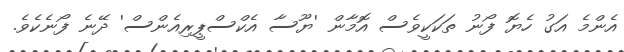
އެންމެ އަގު ހެޔޮ ފޯނު ތަކަކީވެސް އޮމާން 'ޔޫސާ އެކްސްޕީރިއެންސް' ދޭނެ ފޯނެކެވެ.